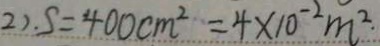
2 ) . S = 4 0 0 c m ^ { 2 } = 4 \times 1 0 ^ { - 2 } m ^ { 2 . }